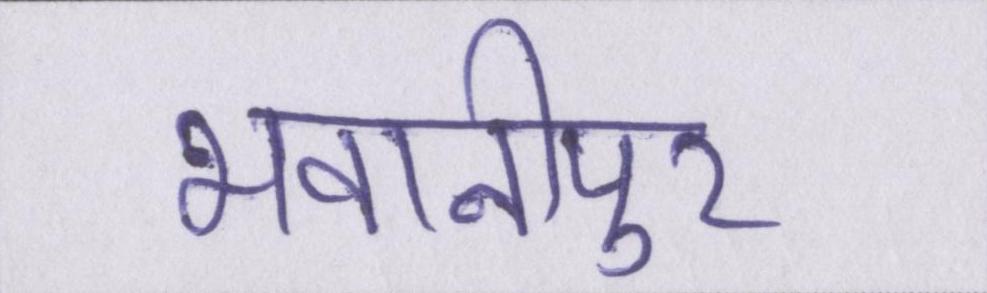
भवानीपुर